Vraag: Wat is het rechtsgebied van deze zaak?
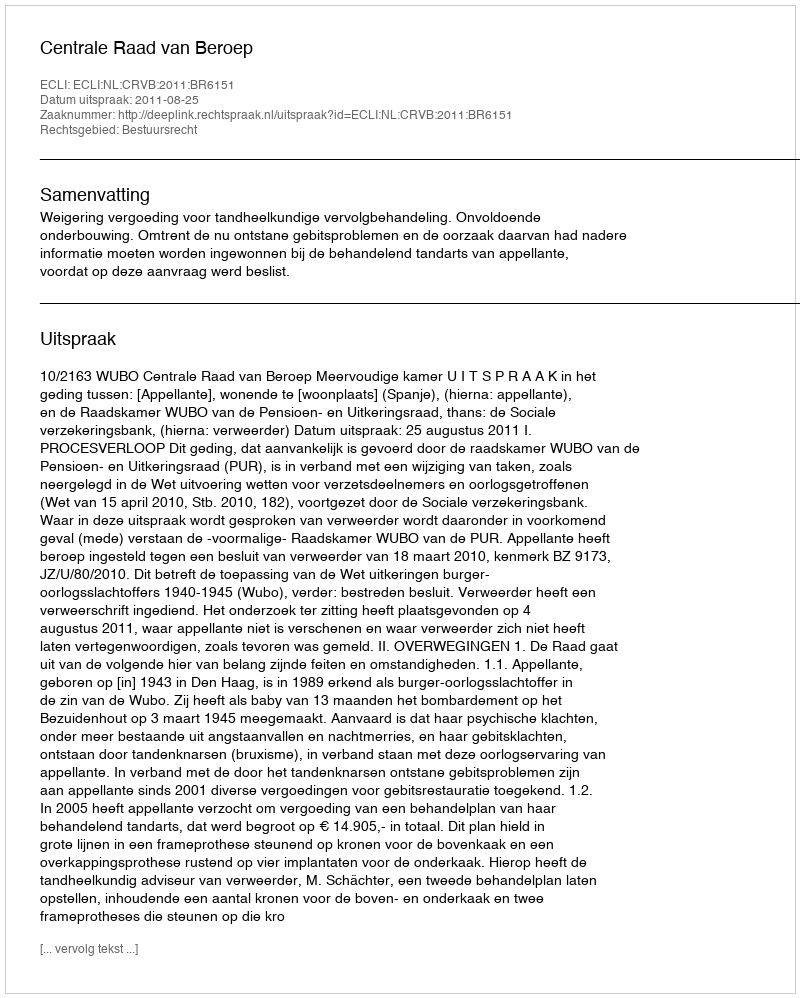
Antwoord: Bestuursrecht